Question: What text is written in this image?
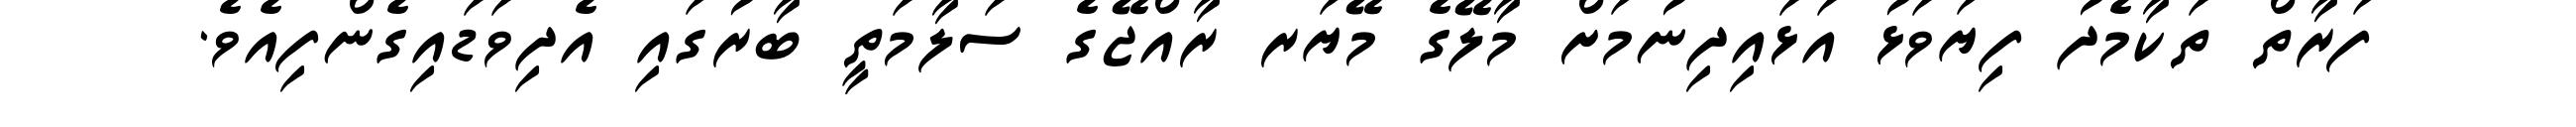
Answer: ފަރާތް ތަކާމެދު ފިޔަވަޅު އަޅައިދިނުމަށް މާލޭގެ މޭޔަރ ރާއްޖޭގެ ސަލާމަތީ ބާރުގައި އެދިވަޑައިގެންފިއެވެ.